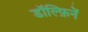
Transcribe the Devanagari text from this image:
डॉल्फ़िनें